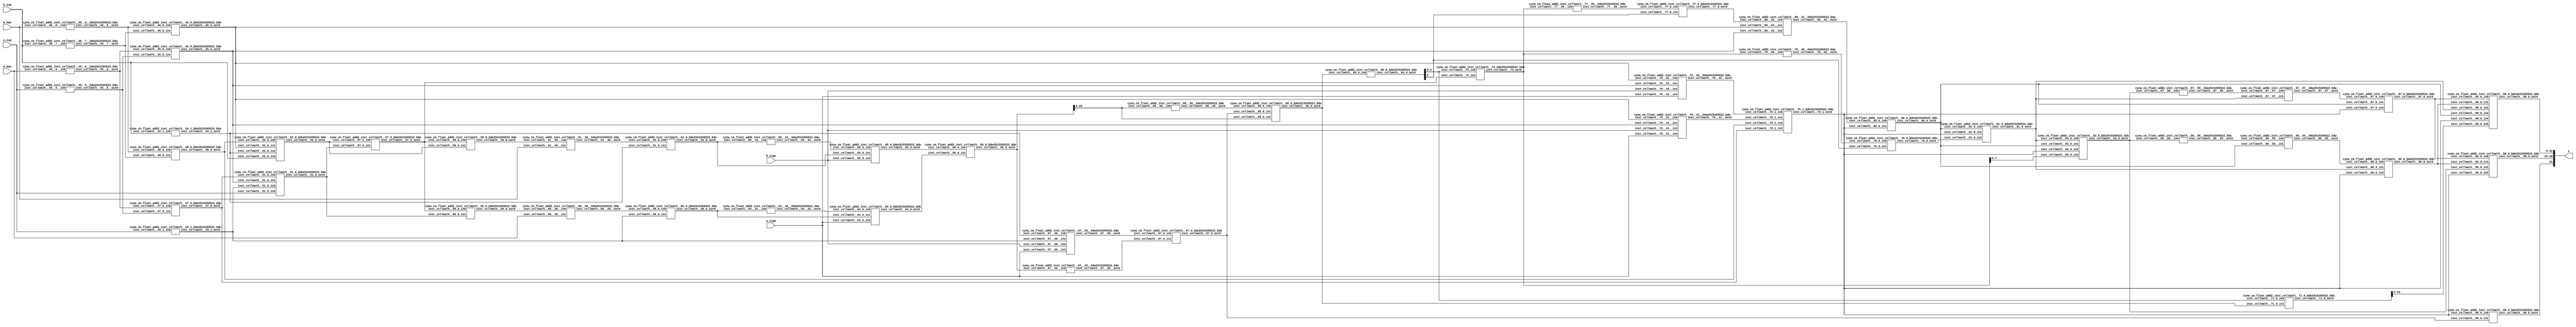
/*****************************************************************************
    Verilog Hierarchical RTL Description
    
    
    Created by: CellMath Designer 2019.1.01 
*******************************************************************************/

module DFT_compute_cynw_cm_float_add2_E8_M23_0 (
	a_sign,
	a_exp,
	a_man,
	b_sign,
	b_exp,
	b_man,
	x
	); /* architecture "behavioural" */ 
input  a_sign;
input [7:0] a_exp;
input [22:0] a_man;
input  b_sign;
input [7:0] b_exp;
input [22:0] b_man;
output [31:0] x;
wire  inst_cellmath__43,
	inst_cellmath__44,
	inst_cellmath__45,
	inst_cellmath__46,
	inst_cellmath__47,
	inst_cellmath__48;
wire [7:0] inst_cellmath__51,
	inst_cellmath__52;
wire [25:0] inst_cellmath__55,
	inst_cellmath__56;
wire [7:0] inst_cellmath__57,
	inst_cellmath__58,
	inst_cellmath__59;
wire [25:0] inst_cellmath__60,
	inst_cellmath__61;
wire [26:0] inst_cellmath__64,
	inst_cellmath__65,
	inst_cellmath__66;
wire  inst_cellmath__67;
wire [25:0] inst_cellmath__68;
wire [5:0] inst_cellmath__69;
wire [25:0] inst_cellmath__71;
wire  inst_cellmath__77,
	inst_cellmath__78,
	inst_cellmath__79,
	inst_cellmath__80,
	inst_cellmath__81;
wire [7:0] inst_cellmath__83;
wire  inst_cellmath__86,
	inst_cellmath__87,
	inst_cellmath__88;
wire [7:0] inst_cellmath__89;
wire [22:0] inst_cellmath__90;
wire [31:0] inst_cellmath__100;
wire [0:0] inst_cellmath__45__5,
	inst_cellmath__45__6,
	inst_cellmath__46__7,
	inst_cellmath__46__8;
wire [25:0] inst_cellmath__60__28,
	inst_cellmath__61__30;
wire [0:0] inst_cellmath__67__35,
	inst_cellmath__67__36;
wire [27:0] inst_cellmath__68__38;
wire [0:0] inst_cellmath__77__39,
	inst_cellmath__78__40,
	inst_cellmath__79__41,
	inst_cellmath__79__42,
	inst_cellmath__80__43,
	inst_cellmath__86__56,
	inst_cellmath__86__55,
	inst_cellmath__87__58,
	inst_cellmath__87__57;
wire [26:0] inst_cellmath__64__32_0,
	inst_cellmath__65__34_0;
wire [9:0] inst_cellmath__74_0;
wire [2:0] inst_cellmath__43_0,
	inst_cellmath__44_0,
	inst_cellmath__79_0,
	inst_cellmath__79_2;
wire [4:0] inst_cellmath__79_3;
cynw_cm_float_add2_inst_cellmath__46__7__bdw2915265522_bdw inst_cellmath__46__7__0(
	.inst_cellmath__46__7__out0(inst_cellmath__46__7),
	.inst_cellmath__46__7__in0(b_exp)
	) ;
cynw_cm_float_add2_inst_cellmath__46__8__bdw2915265522_bdw inst_cellmath__46__8__0(
	.inst_cellmath__46__8__out0(inst_cellmath__46__8),
	.inst_cellmath__46__8__in0(b_man)
	) ;
cynw_cm_float_add2_inst_cellmath__46_0_bdw2915265522_bdw inst_cellmath__46_0_0(
	.inst_cellmath__46_0_out0(inst_cellmath__46),
	.inst_cellmath__46_0_in0(inst_cellmath__46__8),
	.inst_cellmath__46_0_in1(inst_cellmath__46__7)
	) ;
cynw_cm_float_add2_inst_cellmath__45__5__bdw2915265522_bdw inst_cellmath__45__5__0(
	.inst_cellmath__45__5__out0(inst_cellmath__45__5),
	.inst_cellmath__45__5__in0(a_exp)
	) ;
cynw_cm_float_add2_inst_cellmath__45__6__bdw2915265522_bdw inst_cellmath__45__6__0(
	.inst_cellmath__45__6__out0(inst_cellmath__45__6),
	.inst_cellmath__45__6__in0(a_man)
	) ;
cynw_cm_float_add2_inst_cellmath__45_0_bdw2915265522_bdw inst_cellmath__45_0_0(
	.inst_cellmath__45_0_out0(inst_cellmath__45),
	.inst_cellmath__45_0_in0(inst_cellmath__45__6),
	.inst_cellmath__45_0_in1(inst_cellmath__45__5)
	) ;
cynw_cm_float_add2_inst_cellmath__79__42__bdw2915265522_bdw inst_cellmath__79__42__0(
	.inst_cellmath__79__42__out0(inst_cellmath__79__42),
	.inst_cellmath__79__42__in0(inst_cellmath__46),
	.inst_cellmath__79__42__in1(inst_cellmath__45),
	.inst_cellmath__79__42__in2(b_sign),
	.inst_cellmath__79__42__in3(a_sign)
	) ;
cynw_cm_float_add2_inst_cellmath__79__41__bdw2915265522_bdw inst_cellmath__79__41__0(
	.inst_cellmath__79__41__out0(inst_cellmath__79__41),
	.inst_cellmath__79__41__in0(inst_cellmath__46),
	.inst_cellmath__79__41__in1(inst_cellmath__45),
	.inst_cellmath__79__41__in2(b_sign),
	.inst_cellmath__79__41__in3(a_sign)
	) ;
cynw_cm_float_add2_inst_cellmath__47_0_bdw2915265522_bdw inst_cellmath__47_0_0(
	.inst_cellmath__47_0_out0(inst_cellmath__47),
	.inst_cellmath__47_0_in0(inst_cellmath__45__6),
	.inst_cellmath__47_0_in1(inst_cellmath__45__5)
	) ;
cynw_cm_float_add2_inst_cellmath__48_0_bdw2915265522_bdw inst_cellmath__48_0_0(
	.inst_cellmath__48_0_out0(inst_cellmath__48),
	.inst_cellmath__48_0_in0(inst_cellmath__46__8),
	.inst_cellmath__48_0_in1(inst_cellmath__46__7)
	) ;
cynw_cm_float_add2_inst_cellmath__79_1_bdw2915265522_bdw inst_cellmath__79_1_0(
	.inst_cellmath__79_1_out0(inst_cellmath__79),
	.inst_cellmath__79_1_in0(inst_cellmath__79__42),
	.inst_cellmath__79_1_in1(inst_cellmath__79__41),
	.inst_cellmath__79_1_in2(inst_cellmath__48),
	.inst_cellmath__79_1_in3(inst_cellmath__47)
	) ;
cynw_cm_float_add2_inst_cellmath__43_1_bdw2915265522_bdw inst_cellmath__43_1_0(
	.inst_cellmath__43_1_out0(inst_cellmath__43),
	.inst_cellmath__43_1_in0(a_exp)
	) ;

assign inst_cellmath__55 = {2'B01,a_man,1'B0};
cynw_cm_float_add2_inst_cellmath__44_1_bdw2915265522_bdw inst_cellmath__44_1_0(
	.inst_cellmath__44_1_out0(inst_cellmath__44),
	.inst_cellmath__44_1_in0(b_exp)
	) ;

assign inst_cellmath__44_0 = {inst_cellmath__44,inst_cellmath__46,inst_cellmath__48};
cynw_cm_float_add2_inst_cellmath__52_0_bdw2915265522_bdw inst_cellmath__52_0_0(
	.inst_cellmath__52_0_out0(inst_cellmath__52),
	.inst_cellmath__52_0_in0(inst_cellmath__48),
	.inst_cellmath__52_0_in1(inst_cellmath__46),
	.inst_cellmath__52_0_in2(inst_cellmath__44),
	.inst_cellmath__52_0_in3(b_exp)
	) ;

assign inst_cellmath__43_0 = {inst_cellmath__43,inst_cellmath__45,inst_cellmath__47};
cynw_cm_float_add2_inst_cellmath__51_0_bdw2915265522_bdw inst_cellmath__51_0_0(
	.inst_cellmath__51_0_out0(inst_cellmath__51),
	.inst_cellmath__51_0_in0(inst_cellmath__47),
	.inst_cellmath__51_0_in1(inst_cellmath__45),
	.inst_cellmath__51_0_in2(inst_cellmath__43),
	.inst_cellmath__51_0_in3(a_exp)
	) ;
cynw_cm_float_add2_inst_cellmath__57_0_bdw2915265522_bdw inst_cellmath__57_0_0(
	.inst_cellmath__57_0_out0(inst_cellmath__57),
	.inst_cellmath__57_0_in0(inst_cellmath__52),
	.inst_cellmath__57_0_in1(inst_cellmath__51)
	) ;
cynw_cm_float_add2_inst_cellmath__58_0_bdw2915265522_bdw inst_cellmath__58_0_0(
	.inst_cellmath__58_0_out0(inst_cellmath__58),
	.inst_cellmath__58_0_in0(inst_cellmath__57),
	.inst_cellmath__58_0_in1(inst_cellmath__51)
	) ;
cynw_cm_float_add2_inst_cellmath__60__28__bdw2915265522_bdw inst_cellmath__60__28__0(
	.inst_cellmath__60__28__out0(inst_cellmath__60__28),
	.inst_cellmath__60__28__in0(inst_cellmath__58),
	.inst_cellmath__60__28__in1(a_man)
	) ;
cynw_cm_float_add2_inst_cellmath__60_0_bdw2915265522_bdw inst_cellmath__60_0_0(
	.inst_cellmath__60_0_out0(inst_cellmath__60),
	.inst_cellmath__60_0_in0(inst_cellmath__60__28),
	.inst_cellmath__60_0_in1(inst_cellmath__43)
	) ;
cynw_cm_float_add2_inst_cellmath__64__32__bdw2915265522_bdw inst_cellmath__64__32__0(
	.inst_cellmath__64__32__out0(inst_cellmath__64__32_0),
	.inst_cellmath__64__32__in0(inst_cellmath__60)
	) ;
cynw_cm_float_add2_inst_cellmath__64_0_bdw2915265522_bdw inst_cellmath__64_0_0(
	.inst_cellmath__64_0_out0(inst_cellmath__64),
	.inst_cellmath__64_0_in0(inst_cellmath__64__32_0),
	.inst_cellmath__64_0_in1(inst_cellmath__60),
	.inst_cellmath__64_0_in2(a_sign)
	) ;

assign inst_cellmath__56 = {2'B01,b_man,1'B0};
cynw_cm_float_add2_inst_cellmath__59_0_bdw2915265522_bdw inst_cellmath__59_0_0(
	.inst_cellmath__59_0_out0(inst_cellmath__59),
	.inst_cellmath__59_0_in0(inst_cellmath__57),
	.inst_cellmath__59_0_in1(inst_cellmath__52)
	) ;
cynw_cm_float_add2_inst_cellmath__61__30__bdw2915265522_bdw inst_cellmath__61__30__0(
	.inst_cellmath__61__30__out0(inst_cellmath__61__30),
	.inst_cellmath__61__30__in0(inst_cellmath__59),
	.inst_cellmath__61__30__in1(b_man)
	) ;
cynw_cm_float_add2_inst_cellmath__61_0_bdw2915265522_bdw inst_cellmath__61_0_0(
	.inst_cellmath__61_0_out0(inst_cellmath__61),
	.inst_cellmath__61_0_in0(inst_cellmath__61__30),
	.inst_cellmath__61_0_in1(inst_cellmath__44)
	) ;
cynw_cm_float_add2_inst_cellmath__65__34__bdw2915265522_bdw inst_cellmath__65__34__0(
	.inst_cellmath__65__34__out0(inst_cellmath__65__34_0),
	.inst_cellmath__65__34__in0(inst_cellmath__61)
	) ;
cynw_cm_float_add2_inst_cellmath__65_0_bdw2915265522_bdw inst_cellmath__65_0_0(
	.inst_cellmath__65_0_out0(inst_cellmath__65),
	.inst_cellmath__65_0_in0(inst_cellmath__65__34_0),
	.inst_cellmath__65_0_in1(inst_cellmath__61),
	.inst_cellmath__65_0_in2(b_sign)
	) ;
cynw_cm_float_add2_inst_cellmath__66_0_bdw2915265522_bdw inst_cellmath__66_0_0(
	.inst_cellmath__66_0_out0(inst_cellmath__66),
	.inst_cellmath__66_0_in0(inst_cellmath__65),
	.inst_cellmath__66_0_in1(inst_cellmath__64)
	) ;
cynw_cm_float_add2_inst_cellmath__67__35__bdw2915265522_bdw inst_cellmath__67__35__0(
	.inst_cellmath__67__35__out0(inst_cellmath__67__35),
	.inst_cellmath__67__35__in0(inst_cellmath__66)
	) ;
cynw_cm_float_add2_inst_cellmath__67__36__bdw2915265522_bdw inst_cellmath__67__36__0(
	.inst_cellmath__67__36__out0(inst_cellmath__67__36),
	.inst_cellmath__67__36__in0(inst_cellmath__44),
	.inst_cellmath__67__36__in1(inst_cellmath__43),
	.inst_cellmath__67__36__in2(b_sign),
	.inst_cellmath__67__36__in3(a_sign)
	) ;
cynw_cm_float_add2_inst_cellmath__67_0_bdw2915265522_bdw inst_cellmath__67_0_0(
	.inst_cellmath__67_0_out0(inst_cellmath__67),
	.inst_cellmath__67_0_in0(inst_cellmath__67__36),
	.inst_cellmath__67_0_in1(inst_cellmath__67__35)
	) ;
cynw_cm_float_add2_inst_cellmath__88_0_bdw2915265522_bdw inst_cellmath__88_0_0(
	.inst_cellmath__88_0_out0(inst_cellmath__88),
	.inst_cellmath__88_0_in0(inst_cellmath__79),
	.inst_cellmath__88_0_in1(inst_cellmath__67)
	) ;
cynw_cm_float_add2_inst_cellmath__68__38__bdw2915265522_bdw inst_cellmath__68__38__0(
	.inst_cellmath__68__38__out0(inst_cellmath__68__38[25:0]),
	.inst_cellmath__68__38__in0(inst_cellmath__66[25:0])
	) ;
cynw_cm_float_add2_inst_cellmath__68_0_bdw2915265522_bdw inst_cellmath__68_0_0(
	.inst_cellmath__68_0_out0(inst_cellmath__68),
	.inst_cellmath__68_0_in0(inst_cellmath__68__38[25:0]),
	.inst_cellmath__68_0_in1(inst_cellmath__67),
	.inst_cellmath__68_0_in2(inst_cellmath__66[25:0])
	) ;
cynw_cm_float_add2_inst_cellmath__69_0_bdw2915265522_bdw inst_cellmath__69_0_0(
	.inst_cellmath__69_0_out0(inst_cellmath__69),
	.inst_cellmath__69_0_in0(inst_cellmath__68)
	) ;
cynw_cm_float_add2_inst_cellmath__74_bdw2915265522_bdw inst_cellmath__74_1(
	.inst_cellmath__74_out0(inst_cellmath__74_0),
	.inst_cellmath__74_in0(inst_cellmath__69[4:0]),
	.inst_cellmath__74_in1(inst_cellmath__57)
	) ;
cynw_cm_float_add2_inst_cellmath__77__39__bdw2915265522_bdw inst_cellmath__77__39__0(
	.inst_cellmath__77__39__out0(inst_cellmath__77__39),
	.inst_cellmath__77__39__in0(inst_cellmath__74_0)
	) ;
cynw_cm_float_add2_inst_cellmath__77_0_bdw2915265522_bdw inst_cellmath__77_0_0(
	.inst_cellmath__77_0_out0(inst_cellmath__77),
	.inst_cellmath__77_0_in0(inst_cellmath__77__39),
	.inst_cellmath__77_0_in1(inst_cellmath__69[5])
	) ;
cynw_cm_float_add2_inst_cellmath__80__43__bdw2915265522_bdw inst_cellmath__80__43__0(
	.inst_cellmath__80__43__out0(inst_cellmath__80__43),
	.inst_cellmath__80__43__in0(inst_cellmath__77),
	.inst_cellmath__80__43__in1(inst_cellmath__46),
	.inst_cellmath__80__43__in2(inst_cellmath__45)
	) ;
cynw_cm_float_add2_inst_cellmath__80_0_bdw2915265522_bdw inst_cellmath__80_0_0(
	.inst_cellmath__80_0_out0(inst_cellmath__80),
	.inst_cellmath__80_0_in0(inst_cellmath__80__43),
	.inst_cellmath__80_0_in1(inst_cellmath__79)
	) ;
cynw_cm_float_add2_inst_cellmath__78__40__bdw2915265522_bdw inst_cellmath__78__40__0(
	.inst_cellmath__78__40__out0(inst_cellmath__78__40),
	.inst_cellmath__78__40__in0(inst_cellmath__74_0)
	) ;
cynw_cm_float_add2_inst_cellmath__78_0_bdw2915265522_bdw inst_cellmath__78_0_0(
	.inst_cellmath__78_0_out0(inst_cellmath__78),
	.inst_cellmath__78_0_in0(inst_cellmath__78__40),
	.inst_cellmath__78_0_in1(inst_cellmath__69[5])
	) ;
cynw_cm_float_add2_inst_cellmath__81_0_bdw2915265522_bdw inst_cellmath__81_0_0(
	.inst_cellmath__81_0_out0(inst_cellmath__81),
	.inst_cellmath__81_0_in0(inst_cellmath__80),
	.inst_cellmath__81_0_in1(inst_cellmath__79),
	.inst_cellmath__81_0_in2(inst_cellmath__78)
	) ;

assign inst_cellmath__79_0 = {inst_cellmath__79,inst_cellmath__80,inst_cellmath__81};
cynw_cm_float_add2_inst_cellmath__83_0_bdw2915265522_bdw inst_cellmath__83_0_0(
	.inst_cellmath__83_0_out0(inst_cellmath__83),
	.inst_cellmath__83_0_in0(inst_cellmath__81),
	.inst_cellmath__83_0_in1(inst_cellmath__80),
	.inst_cellmath__83_0_in2(inst_cellmath__79),
	.inst_cellmath__83_0_in3(inst_cellmath__74_0[7:0])
	) ;
cynw_cm_float_add2_inst_cellmath__86__56__bdw2915265522_bdw inst_cellmath__86__56__0(
	.inst_cellmath__86__56__out0(inst_cellmath__86__56),
	.inst_cellmath__86__56__in0(inst_cellmath__83)
	) ;
cynw_cm_float_add2_inst_cellmath__86__55__bdw2915265522_bdw inst_cellmath__86__55__0(
	.inst_cellmath__86__55__out0(inst_cellmath__86__55),
	.inst_cellmath__86__55__in0(inst_cellmath__86__56),
	.inst_cellmath__86__55__in1(inst_cellmath__80)
	) ;
cynw_cm_float_add2_inst_cellmath__86_0_bdw2915265522_bdw inst_cellmath__86_0_0(
	.inst_cellmath__86_0_out0(inst_cellmath__86),
	.inst_cellmath__86_0_in0(inst_cellmath__86__55),
	.inst_cellmath__86_0_in1(inst_cellmath__81),
	.inst_cellmath__86_0_in2(inst_cellmath__79)
	) ;
cynw_cm_float_add2_inst_cellmath__87__58__bdw2915265522_bdw inst_cellmath__87__58__0(
	.inst_cellmath__87__58__out0(inst_cellmath__87__58),
	.inst_cellmath__87__58__in0(inst_cellmath__83)
	) ;
cynw_cm_float_add2_inst_cellmath__87__57__bdw2915265522_bdw inst_cellmath__87__57__0(
	.inst_cellmath__87__57__out0(inst_cellmath__87__57),
	.inst_cellmath__87__57__in0(inst_cellmath__87__58),
	.inst_cellmath__87__57__in1(inst_cellmath__81)
	) ;
cynw_cm_float_add2_inst_cellmath__87_0_bdw2915265522_bdw inst_cellmath__87_0_0(
	.inst_cellmath__87_0_out0(inst_cellmath__87),
	.inst_cellmath__87_0_in0(inst_cellmath__87__57),
	.inst_cellmath__87_0_in1(inst_cellmath__80),
	.inst_cellmath__87_0_in2(inst_cellmath__79)
	) ;

assign inst_cellmath__79_2 = {inst_cellmath__79,inst_cellmath__86,inst_cellmath__87};
cynw_cm_float_add2_inst_cellmath__89_0_bdw2915265522_bdw inst_cellmath__89_0_0(
	.inst_cellmath__89_0_out0(inst_cellmath__89),
	.inst_cellmath__89_0_in0(inst_cellmath__87),
	.inst_cellmath__89_0_in1(inst_cellmath__86),
	.inst_cellmath__89_0_in2(inst_cellmath__83),
	.inst_cellmath__89_0_in3(inst_cellmath__79)
	) ;

assign inst_cellmath__79_3 = {inst_cellmath__79,inst_cellmath__86,inst_cellmath__87,inst_cellmath__80,inst_cellmath__81};
cynw_cm_float_add2_inst_cellmath__71_0_bdw2915265522_bdw inst_cellmath__71_0_0(
	.inst_cellmath__71_0_out0(inst_cellmath__71[24:0]),
	.inst_cellmath__71_0_in0(inst_cellmath__69[4:0]),
	.inst_cellmath__71_0_in1(inst_cellmath__68)
	) ;
cynw_cm_float_add2_inst_cellmath__90_0_bdw2915265522_bdw inst_cellmath__90_0_0(
	.inst_cellmath__90_0_out0(inst_cellmath__90),
	.inst_cellmath__90_0_in0(inst_cellmath__87),
	.inst_cellmath__90_0_in1(inst_cellmath__86),
	.inst_cellmath__90_0_in2(inst_cellmath__81),
	.inst_cellmath__90_0_in3(inst_cellmath__80),
	.inst_cellmath__90_0_in4(inst_cellmath__79),
	.inst_cellmath__90_0_in5(inst_cellmath__71[24:2])
	) ;

assign inst_cellmath__100 = {inst_cellmath__88,inst_cellmath__89,inst_cellmath__90};

assign x = inst_cellmath__100;
endmodule

module cynw_cm_float_add2_inst_cellmath__46__7__bdw2915265522_bdw (
	inst_cellmath__46__7__out0,
	inst_cellmath__46__7__in0
	); /* architecture "behavioural" */ 
output [0:0] inst_cellmath__46__7__out0;
input [7:0] inst_cellmath__46__7__in0;

assign inst_cellmath__46__7__out0 = (13'B0000011111110==(inst_cellmath__46__7__in0 - 13'B0000000000001));
endmodule

module cynw_cm_float_add2_inst_cellmath__46__8__bdw2915265522_bdw (
	inst_cellmath__46__8__out0,
	inst_cellmath__46__8__in0
	); /* architecture "behavioural" */ 
output [0:0] inst_cellmath__46__8__out0;
input [22:0] inst_cellmath__46__8__in0;

assign inst_cellmath__46__8__out0 = (27'B000000000000000000000000000==inst_cellmath__46__8__in0);
endmodule

module cynw_cm_float_add2_inst_cellmath__46_0_bdw2915265522_bdw (
	inst_cellmath__46_0_out0,
	inst_cellmath__46_0_in0,
	inst_cellmath__46_0_in1
	); /* architecture "behavioural" */ 
output  inst_cellmath__46_0_out0;
input [0:0] inst_cellmath__46_0_in0,
	inst_cellmath__46_0_in1;

assign inst_cellmath__46_0_out0 = 
	(inst_cellmath__46_0_in1)
	&(inst_cellmath__46_0_in0);
endmodule

module cynw_cm_float_add2_inst_cellmath__45__5__bdw2915265522_bdw (
	inst_cellmath__45__5__out0,
	inst_cellmath__45__5__in0
	); /* architecture "behavioural" */ 
output [0:0] inst_cellmath__45__5__out0;
input [7:0] inst_cellmath__45__5__in0;

assign inst_cellmath__45__5__out0 = (13'B0000011111110==(inst_cellmath__45__5__in0 - 13'B0000000000001));
endmodule

module cynw_cm_float_add2_inst_cellmath__45__6__bdw2915265522_bdw (
	inst_cellmath__45__6__out0,
	inst_cellmath__45__6__in0
	); /* architecture "behavioural" */ 
output [0:0] inst_cellmath__45__6__out0;
input [22:0] inst_cellmath__45__6__in0;

assign inst_cellmath__45__6__out0 = (27'B000000000000000000000000000==inst_cellmath__45__6__in0);
endmodule

module cynw_cm_float_add2_inst_cellmath__45_0_bdw2915265522_bdw (
	inst_cellmath__45_0_out0,
	inst_cellmath__45_0_in0,
	inst_cellmath__45_0_in1
	); /* architecture "behavioural" */ 
output  inst_cellmath__45_0_out0;
input [0:0] inst_cellmath__45_0_in0,
	inst_cellmath__45_0_in1;

assign inst_cellmath__45_0_out0 = 
	(inst_cellmath__45_0_in1)
	&(inst_cellmath__45_0_in0);
endmodule

module cynw_cm_float_add2_inst_cellmath__79__42__bdw2915265522_bdw (
	inst_cellmath__79__42__out0,
	inst_cellmath__79__42__in0,
	inst_cellmath__79__42__in1,
	inst_cellmath__79__42__in2,
	inst_cellmath__79__42__in3
	); /* architecture "behavioural" */ 
output [0:0] inst_cellmath__79__42__out0;
input  inst_cellmath__79__42__in0,
	inst_cellmath__79__42__in1,
	inst_cellmath__79__42__in2,
	inst_cellmath__79__42__in3;

assign inst_cellmath__79__42__out0 = 
	(inst_cellmath__79__42__in0)
	&((~inst_cellmath__79__42__in2))
	&(inst_cellmath__79__42__in3)
	&(inst_cellmath__79__42__in1);
endmodule

module cynw_cm_float_add2_inst_cellmath__79__41__bdw2915265522_bdw (
	inst_cellmath__79__41__out0,
	inst_cellmath__79__41__in0,
	inst_cellmath__79__41__in1,
	inst_cellmath__79__41__in2,
	inst_cellmath__79__41__in3
	); /* architecture "behavioural" */ 
output [0:0] inst_cellmath__79__41__out0;
input  inst_cellmath__79__41__in0,
	inst_cellmath__79__41__in1,
	inst_cellmath__79__41__in2,
	inst_cellmath__79__41__in3;

assign inst_cellmath__79__41__out0 = 
	(inst_cellmath__79__41__in0)
	&(inst_cellmath__79__41__in2)
	&((~inst_cellmath__79__41__in3))
	&(inst_cellmath__79__41__in1);
endmodule

module cynw_cm_float_add2_inst_cellmath__47_0_bdw2915265522_bdw (
	inst_cellmath__47_0_out0,
	inst_cellmath__47_0_in0,
	inst_cellmath__47_0_in1
	); /* architecture "behavioural" */ 
output  inst_cellmath__47_0_out0;
input [0:0] inst_cellmath__47_0_in0,
	inst_cellmath__47_0_in1;

assign inst_cellmath__47_0_out0 = 
	(inst_cellmath__47_0_in1)
	&((~inst_cellmath__47_0_in0));
endmodule

module cynw_cm_float_add2_inst_cellmath__48_0_bdw2915265522_bdw (
	inst_cellmath__48_0_out0,
	inst_cellmath__48_0_in0,
	inst_cellmath__48_0_in1
	); /* architecture "behavioural" */ 
output  inst_cellmath__48_0_out0;
input [0:0] inst_cellmath__48_0_in0,
	inst_cellmath__48_0_in1;

assign inst_cellmath__48_0_out0 = 
	(inst_cellmath__48_0_in1)
	&((~inst_cellmath__48_0_in0));
endmodule

module cynw_cm_float_add2_inst_cellmath__79_1_bdw2915265522_bdw (
	inst_cellmath__79_1_out0,
	inst_cellmath__79_1_in0,
	inst_cellmath__79_1_in1,
	inst_cellmath__79_1_in2,
	inst_cellmath__79_1_in3
	); /* architecture "behavioural" */ 
output  inst_cellmath__79_1_out0;
input [0:0] inst_cellmath__79_1_in0,
	inst_cellmath__79_1_in1;
input  inst_cellmath__79_1_in2,
	inst_cellmath__79_1_in3;

assign inst_cellmath__79_1_out0 = 
	(inst_cellmath__79_1_in0)
	|(inst_cellmath__79_1_in1)
	|(inst_cellmath__79_1_in3)
	|(inst_cellmath__79_1_in2);
endmodule

module cynw_cm_float_add2_inst_cellmath__43_1_bdw2915265522_bdw (
	inst_cellmath__43_1_out0,
	inst_cellmath__43_1_in0
	); /* architecture "behavioural" */ 
output  inst_cellmath__43_1_out0;
input [7:0] inst_cellmath__43_1_in0;

assign inst_cellmath__43_1_out0 = (12'B000000000000==inst_cellmath__43_1_in0);
endmodule

module cynw_cm_float_add2_inst_cellmath__44_1_bdw2915265522_bdw (
	inst_cellmath__44_1_out0,
	inst_cellmath__44_1_in0
	); /* architecture "behavioural" */ 
output  inst_cellmath__44_1_out0;
input [7:0] inst_cellmath__44_1_in0;

assign inst_cellmath__44_1_out0 = (12'B000000000000==inst_cellmath__44_1_in0);
endmodule

module cynw_cm_float_add2_inst_cellmath__52_0_bdw2915265522_bdw (
	inst_cellmath__52_0_out0,
	inst_cellmath__52_0_in0,
	inst_cellmath__52_0_in1,
	inst_cellmath__52_0_in2,
	inst_cellmath__52_0_in3
	); /* architecture "behavioural" */ 
output [7:0] inst_cellmath__52_0_out0;
input  inst_cellmath__52_0_in0,
	inst_cellmath__52_0_in1,
	inst_cellmath__52_0_in2;
input [7:0] inst_cellmath__52_0_in3;
wire [2:0] inst_cellmath__44_0;

assign inst_cellmath__44_0 = {inst_cellmath__52_0_in2,inst_cellmath__52_0_in1,inst_cellmath__52_0_in0};

reg [7:0] inst_cellmath__52_0_out0_tmp_0;
assign inst_cellmath__52_0_out0 = inst_cellmath__52_0_out0_tmp_0;
always @ (inst_cellmath__44_0 or inst_cellmath__52_0_in3) begin
	casez (inst_cellmath__44_0)
		3'B000 : inst_cellmath__52_0_out0_tmp_0 = inst_cellmath__52_0_in3 ;
		3'B001 : inst_cellmath__52_0_out0_tmp_0 = 8'B11111111 ;
		3'B01? : inst_cellmath__52_0_out0_tmp_0 = 8'B11111111 ;
		default : inst_cellmath__52_0_out0_tmp_0 = {8{1'b0}} ;
	endcase
end
endmodule

module cynw_cm_float_add2_inst_cellmath__51_0_bdw2915265522_bdw (
	inst_cellmath__51_0_out0,
	inst_cellmath__51_0_in0,
	inst_cellmath__51_0_in1,
	inst_cellmath__51_0_in2,
	inst_cellmath__51_0_in3
	); /* architecture "behavioural" */ 
output [7:0] inst_cellmath__51_0_out0;
input  inst_cellmath__51_0_in0,
	inst_cellmath__51_0_in1,
	inst_cellmath__51_0_in2;
input [7:0] inst_cellmath__51_0_in3;
wire [2:0] inst_cellmath__43_0;

assign inst_cellmath__43_0 = {inst_cellmath__51_0_in2,inst_cellmath__51_0_in1,inst_cellmath__51_0_in0};

reg [7:0] inst_cellmath__51_0_out0_tmp_0;
assign inst_cellmath__51_0_out0 = inst_cellmath__51_0_out0_tmp_0;
always @ (inst_cellmath__43_0 or inst_cellmath__51_0_in3) begin
	casez (inst_cellmath__43_0)
		3'B000 : inst_cellmath__51_0_out0_tmp_0 = inst_cellmath__51_0_in3 ;
		3'B001 : inst_cellmath__51_0_out0_tmp_0 = 8'B11111111 ;
		3'B01? : inst_cellmath__51_0_out0_tmp_0 = 8'B11111111 ;
		default : inst_cellmath__51_0_out0_tmp_0 = {8{1'b0}} ;
	endcase
end
endmodule

module cynw_cm_float_add2_inst_cellmath__57_0_bdw2915265522_bdw (
	inst_cellmath__57_0_out0,
	inst_cellmath__57_0_in0,
	inst_cellmath__57_0_in1
	); /* architecture "behavioural" */ 
output [7:0] inst_cellmath__57_0_out0;
input [7:0] inst_cellmath__57_0_in0,
	inst_cellmath__57_0_in1;

wire [8:0] inst_cellmath__57_0_out0_tmp_0;
assign inst_cellmath__57_0_out0_tmp_0 = inst_cellmath__57_0_in0;
wire [8:0] inst_cellmath__57_0_out0_tmp_1;
assign inst_cellmath__57_0_out0_tmp_1 = (((inst_cellmath__57_0_in1) ^ (9'B1<<8)) > (inst_cellmath__57_0_out0_tmp_0 ^ (9'B1<<8))) ? inst_cellmath__57_0_in1  : inst_cellmath__57_0_out0_tmp_0;
assign inst_cellmath__57_0_out0 = inst_cellmath__57_0_out0_tmp_1;
endmodule

module cynw_cm_float_add2_inst_cellmath__58_0_bdw2915265522_bdw (
	inst_cellmath__58_0_out0,
	inst_cellmath__58_0_in0,
	inst_cellmath__58_0_in1
	); /* architecture "behavioural" */ 
output [7:0] inst_cellmath__58_0_out0;
input [7:0] inst_cellmath__58_0_in0,
	inst_cellmath__58_0_in1;

assign inst_cellmath__58_0_out0 = 
	+(inst_cellmath__58_0_in0)
	-(inst_cellmath__58_0_in1);
endmodule

module cynw_cm_float_add2_inst_cellmath__60__28__bdw2915265522_bdw (
	inst_cellmath__60__28__out0,
	inst_cellmath__60__28__in0,
	inst_cellmath__60__28__in1
	); /* architecture "behavioural" */ 
output [25:0] inst_cellmath__60__28__out0;
input [7:0] inst_cellmath__60__28__in0;
input [22:0] inst_cellmath__60__28__in1;
wire [25:0] inst_cellmath__55;

assign inst_cellmath__55 = {2'B01,inst_cellmath__60__28__in1,1'B0};

assign inst_cellmath__60__28__out0 = inst_cellmath__55 >> {|inst_cellmath__60__28__in0[7:5], inst_cellmath__60__28__in0[4:0]};
endmodule

module cynw_cm_float_add2_inst_cellmath__60_0_bdw2915265522_bdw (
	inst_cellmath__60_0_out0,
	inst_cellmath__60_0_in0,
	inst_cellmath__60_0_in1
	); /* architecture "behavioural" */ 
output [25:0] inst_cellmath__60_0_out0;
input [25:0] inst_cellmath__60_0_in0;
input  inst_cellmath__60_0_in1;

reg [25:0] inst_cellmath__60_0_out0_tmp_0;
assign inst_cellmath__60_0_out0 = inst_cellmath__60_0_out0_tmp_0;
always @ (inst_cellmath__60_0_in1 or inst_cellmath__60_0_in0) begin
	case (inst_cellmath__60_0_in1)
		1'B0 : inst_cellmath__60_0_out0_tmp_0 = inst_cellmath__60_0_in0 ;
		default : inst_cellmath__60_0_out0_tmp_0 = {26{1'b0}} ;
	endcase
end
endmodule

module cynw_cm_float_add2_inst_cellmath__64__32__bdw2915265522_bdw (
	inst_cellmath__64__32__out0,
	inst_cellmath__64__32__in0
	); /* architecture "behavioural" */ 
output [26:0] inst_cellmath__64__32__out0;
input [25:0] inst_cellmath__64__32__in0;

assign inst_cellmath__64__32__out0 = 
	-(inst_cellmath__64__32__in0);
endmodule

module cynw_cm_float_add2_inst_cellmath__64_0_bdw2915265522_bdw (
	inst_cellmath__64_0_out0,
	inst_cellmath__64_0_in0,
	inst_cellmath__64_0_in1,
	inst_cellmath__64_0_in2
	); /* architecture "behavioural" */ 
output [26:0] inst_cellmath__64_0_out0;
input [26:0] inst_cellmath__64_0_in0;
input [25:0] inst_cellmath__64_0_in1;
input  inst_cellmath__64_0_in2;

reg [26:0] inst_cellmath__64_0_out0_tmp_0;
assign inst_cellmath__64_0_out0 = inst_cellmath__64_0_out0_tmp_0;
always @ (inst_cellmath__64_0_in2 or inst_cellmath__64_0_in1 or inst_cellmath__64_0_in0) begin
	case (inst_cellmath__64_0_in2)
		1'B0 : inst_cellmath__64_0_out0_tmp_0 = inst_cellmath__64_0_in1 ;
		default : inst_cellmath__64_0_out0_tmp_0 = inst_cellmath__64_0_in0 ;
	endcase
end
endmodule

module cynw_cm_float_add2_inst_cellmath__59_0_bdw2915265522_bdw (
	inst_cellmath__59_0_out0,
	inst_cellmath__59_0_in0,
	inst_cellmath__59_0_in1
	); /* architecture "behavioural" */ 
output [7:0] inst_cellmath__59_0_out0;
input [7:0] inst_cellmath__59_0_in0,
	inst_cellmath__59_0_in1;

assign inst_cellmath__59_0_out0 = 
	+(inst_cellmath__59_0_in0)
	-(inst_cellmath__59_0_in1);
endmodule

module cynw_cm_float_add2_inst_cellmath__61__30__bdw2915265522_bdw (
	inst_cellmath__61__30__out0,
	inst_cellmath__61__30__in0,
	inst_cellmath__61__30__in1
	); /* architecture "behavioural" */ 
output [25:0] inst_cellmath__61__30__out0;
input [7:0] inst_cellmath__61__30__in0;
input [22:0] inst_cellmath__61__30__in1;
wire [25:0] inst_cellmath__56;

assign inst_cellmath__56 = {2'B01,inst_cellmath__61__30__in1,1'B0};

assign inst_cellmath__61__30__out0 = inst_cellmath__56 >> {|inst_cellmath__61__30__in0[7:5], inst_cellmath__61__30__in0[4:0]};
endmodule

module cynw_cm_float_add2_inst_cellmath__61_0_bdw2915265522_bdw (
	inst_cellmath__61_0_out0,
	inst_cellmath__61_0_in0,
	inst_cellmath__61_0_in1
	); /* architecture "behavioural" */ 
output [25:0] inst_cellmath__61_0_out0;
input [25:0] inst_cellmath__61_0_in0;
input  inst_cellmath__61_0_in1;

reg [25:0] inst_cellmath__61_0_out0_tmp_0;
assign inst_cellmath__61_0_out0 = inst_cellmath__61_0_out0_tmp_0;
always @ (inst_cellmath__61_0_in1 or inst_cellmath__61_0_in0) begin
	case (inst_cellmath__61_0_in1)
		1'B0 : inst_cellmath__61_0_out0_tmp_0 = inst_cellmath__61_0_in0 ;
		default : inst_cellmath__61_0_out0_tmp_0 = {26{1'b0}} ;
	endcase
end
endmodule

module cynw_cm_float_add2_inst_cellmath__65__34__bdw2915265522_bdw (
	inst_cellmath__65__34__out0,
	inst_cellmath__65__34__in0
	); /* architecture "behavioural" */ 
output [26:0] inst_cellmath__65__34__out0;
input [25:0] inst_cellmath__65__34__in0;

assign inst_cellmath__65__34__out0 = 
	-(inst_cellmath__65__34__in0);
endmodule

module cynw_cm_float_add2_inst_cellmath__65_0_bdw2915265522_bdw (
	inst_cellmath__65_0_out0,
	inst_cellmath__65_0_in0,
	inst_cellmath__65_0_in1,
	inst_cellmath__65_0_in2
	); /* architecture "behavioural" */ 
output [26:0] inst_cellmath__65_0_out0;
input [26:0] inst_cellmath__65_0_in0;
input [25:0] inst_cellmath__65_0_in1;
input  inst_cellmath__65_0_in2;

reg [26:0] inst_cellmath__65_0_out0_tmp_0;
assign inst_cellmath__65_0_out0 = inst_cellmath__65_0_out0_tmp_0;
always @ (inst_cellmath__65_0_in2 or inst_cellmath__65_0_in1 or inst_cellmath__65_0_in0) begin
	case (inst_cellmath__65_0_in2)
		1'B0 : inst_cellmath__65_0_out0_tmp_0 = inst_cellmath__65_0_in1 ;
		default : inst_cellmath__65_0_out0_tmp_0 = inst_cellmath__65_0_in0 ;
	endcase
end
endmodule

module cynw_cm_float_add2_inst_cellmath__66_0_bdw2915265522_bdw (
	inst_cellmath__66_0_out0,
	inst_cellmath__66_0_in0,
	inst_cellmath__66_0_in1
	); /* architecture "behavioural" */ 
output [26:0] inst_cellmath__66_0_out0;
input [26:0] inst_cellmath__66_0_in0,
	inst_cellmath__66_0_in1;

assign inst_cellmath__66_0_out0 = 
	+(inst_cellmath__66_0_in1)
	+(inst_cellmath__66_0_in0);
endmodule

module cynw_cm_float_add2_inst_cellmath__67__35__bdw2915265522_bdw (
	inst_cellmath__67__35__out0,
	inst_cellmath__67__35__in0
	); /* architecture "behavioural" */ 
output [0:0] inst_cellmath__67__35__out0;
input [26:0] inst_cellmath__67__35__in0;

assign inst_cellmath__67__35__out0 = ((31'B1000000000000000000000000000000 ^ 31'B0000000000000000000000000000000)>(31'B1000000000000000000000000000000 ^ {{4{inst_cellmath__67__35__in0[26]}}, inst_cellmath__67__35__in0}));
endmodule

module cynw_cm_float_add2_inst_cellmath__67__36__bdw2915265522_bdw (
	inst_cellmath__67__36__out0,
	inst_cellmath__67__36__in0,
	inst_cellmath__67__36__in1,
	inst_cellmath__67__36__in2,
	inst_cellmath__67__36__in3
	); /* architecture "behavioural" */ 
output [0:0] inst_cellmath__67__36__out0;
input  inst_cellmath__67__36__in0,
	inst_cellmath__67__36__in1,
	inst_cellmath__67__36__in2,
	inst_cellmath__67__36__in3;

assign inst_cellmath__67__36__out0 = 
	(inst_cellmath__67__36__in2)
	&(inst_cellmath__67__36__in0)
	&(inst_cellmath__67__36__in1)
	&(inst_cellmath__67__36__in3);
endmodule

module cynw_cm_float_add2_inst_cellmath__67_0_bdw2915265522_bdw (
	inst_cellmath__67_0_out0,
	inst_cellmath__67_0_in0,
	inst_cellmath__67_0_in1
	); /* architecture "behavioural" */ 
output  inst_cellmath__67_0_out0;
input [0:0] inst_cellmath__67_0_in0,
	inst_cellmath__67_0_in1;

assign inst_cellmath__67_0_out0 = 
	(inst_cellmath__67_0_in1)
	|(inst_cellmath__67_0_in0);
endmodule

module cynw_cm_float_add2_inst_cellmath__88_0_bdw2915265522_bdw (
	inst_cellmath__88_0_out0,
	inst_cellmath__88_0_in0,
	inst_cellmath__88_0_in1
	); /* architecture "behavioural" */ 
output  inst_cellmath__88_0_out0;
input  inst_cellmath__88_0_in0,
	inst_cellmath__88_0_in1;

reg [0:0] inst_cellmath__88_0_out0_tmp_0;
assign inst_cellmath__88_0_out0 = inst_cellmath__88_0_out0_tmp_0;
always @ (inst_cellmath__88_0_in0 or inst_cellmath__88_0_in1) begin
	case (inst_cellmath__88_0_in0)
		1'B0 : inst_cellmath__88_0_out0_tmp_0 = inst_cellmath__88_0_in1 ;
		default : inst_cellmath__88_0_out0_tmp_0 = {1{1'b0}} ;
	endcase
end
endmodule

module cynw_cm_float_add2_inst_cellmath__68__38__bdw2915265522_bdw (
	inst_cellmath__68__38__out0,
	inst_cellmath__68__38__in0
	); /* architecture "behavioural" */ 
output [25:0] inst_cellmath__68__38__out0;
input [25:0] inst_cellmath__68__38__in0;

assign inst_cellmath__68__38__out0 = 
	-(inst_cellmath__68__38__in0);
endmodule

module cynw_cm_float_add2_inst_cellmath__68_0_bdw2915265522_bdw (
	inst_cellmath__68_0_out0,
	inst_cellmath__68_0_in0,
	inst_cellmath__68_0_in1,
	inst_cellmath__68_0_in2
	); /* architecture "behavioural" */ 
output [25:0] inst_cellmath__68_0_out0;
input [25:0] inst_cellmath__68_0_in0;
input  inst_cellmath__68_0_in1;
input [25:0] inst_cellmath__68_0_in2;

reg [25:0] inst_cellmath__68_0_out0_tmp_0;
assign inst_cellmath__68_0_out0 = inst_cellmath__68_0_out0_tmp_0;
always @ (inst_cellmath__68_0_in1 or inst_cellmath__68_0_in2 or inst_cellmath__68_0_in0) begin
	case (inst_cellmath__68_0_in1)
		1'B0 : inst_cellmath__68_0_out0_tmp_0 = inst_cellmath__68_0_in2 ;
		default : inst_cellmath__68_0_out0_tmp_0 = inst_cellmath__68_0_in0 ;
	endcase
end
endmodule

module cynw_cm_float_add2_inst_cellmath__69_0_bdw2915265522_bdw (
	inst_cellmath__69_0_out0,
	inst_cellmath__69_0_in0
	); /* architecture "behavioural" */ 
output [5:0] inst_cellmath__69_0_out0;
input [25:0] inst_cellmath__69_0_in0;

reg [5:0] inst_cellmath__69_0_out0_tmp_0;
assign inst_cellmath__69_0_out0 = inst_cellmath__69_0_out0_tmp_0;
always @ (inst_cellmath__69_0_in0) begin
	casez (inst_cellmath__69_0_in0)
		26'B1????????????????????????? : inst_cellmath__69_0_out0_tmp_0 = 6'B000000 ;
		26'B01???????????????????????? : inst_cellmath__69_0_out0_tmp_0 = 6'B000001 ;
		26'B001??????????????????????? : inst_cellmath__69_0_out0_tmp_0 = 6'B000010 ;
		26'B0001?????????????????????? : inst_cellmath__69_0_out0_tmp_0 = 6'B000011 ;
		26'B00001????????????????????? : inst_cellmath__69_0_out0_tmp_0 = 6'B000100 ;
		26'B000001???????????????????? : inst_cellmath__69_0_out0_tmp_0 = 6'B000101 ;
		26'B0000001??????????????????? : inst_cellmath__69_0_out0_tmp_0 = 6'B000110 ;
		26'B00000001?????????????????? : inst_cellmath__69_0_out0_tmp_0 = 6'B000111 ;
		26'B000000001????????????????? : inst_cellmath__69_0_out0_tmp_0 = 6'B001000 ;
		26'B0000000001???????????????? : inst_cellmath__69_0_out0_tmp_0 = 6'B001001 ;
		26'B00000000001??????????????? : inst_cellmath__69_0_out0_tmp_0 = 6'B001010 ;
		26'B000000000001?????????????? : inst_cellmath__69_0_out0_tmp_0 = 6'B001011 ;
		26'B0000000000001????????????? : inst_cellmath__69_0_out0_tmp_0 = 6'B001100 ;
		26'B00000000000001???????????? : inst_cellmath__69_0_out0_tmp_0 = 6'B001101 ;
		26'B000000000000001??????????? : inst_cellmath__69_0_out0_tmp_0 = 6'B001110 ;
		26'B0000000000000001?????????? : inst_cellmath__69_0_out0_tmp_0 = 6'B001111 ;
		26'B00000000000000001????????? : inst_cellmath__69_0_out0_tmp_0 = 6'B010000 ;
		26'B000000000000000001???????? : inst_cellmath__69_0_out0_tmp_0 = 6'B010001 ;
		26'B0000000000000000001??????? : inst_cellmath__69_0_out0_tmp_0 = 6'B010010 ;
		26'B00000000000000000001?????? : inst_cellmath__69_0_out0_tmp_0 = 6'B010011 ;
		26'B000000000000000000001????? : inst_cellmath__69_0_out0_tmp_0 = 6'B010100 ;
		26'B0000000000000000000001???? : inst_cellmath__69_0_out0_tmp_0 = 6'B010101 ;
		26'B00000000000000000000001??? : inst_cellmath__69_0_out0_tmp_0 = 6'B010110 ;
		26'B000000000000000000000001?? : inst_cellmath__69_0_out0_tmp_0 = 6'B010111 ;
		26'B0000000000000000000000001? : inst_cellmath__69_0_out0_tmp_0 = 6'B011000 ;
		26'B00000000000000000000000001 : inst_cellmath__69_0_out0_tmp_0 = 6'B011001 ;
		default : inst_cellmath__69_0_out0_tmp_0 = 6'B100000 ;
	endcase
end
endmodule

module cynw_cm_float_add2_inst_cellmath__74_bdw2915265522_bdw (
	inst_cellmath__74_out0,
	inst_cellmath__74_in0,
	inst_cellmath__74_in1
	); /* architecture "behavioural" */ 
output [9:0] inst_cellmath__74_out0;
input [4:0] inst_cellmath__74_in0;
input [7:0] inst_cellmath__74_in1;

wire [9:0] inst_cellmath__74_out0_tmp_0;
assign inst_cellmath__74_out0_tmp_0 = 
	-(inst_cellmath__74_in0)
	+(inst_cellmath__74_in1);
assign inst_cellmath__74_out0 = inst_cellmath__74_out0_tmp_0
	+(10'B0000000001);
endmodule

module cynw_cm_float_add2_inst_cellmath__77__39__bdw2915265522_bdw (
	inst_cellmath__77__39__out0,
	inst_cellmath__77__39__in0
	); /* architecture "behavioural" */ 
output [0:0] inst_cellmath__77__39__out0;
input [9:0] inst_cellmath__77__39__in0;

assign inst_cellmath__77__39__out0 = ((14'B10000000000000 ^ 14'B00000011111110)<(14'B10000000000000 ^ {{4{inst_cellmath__77__39__in0[9]}}, inst_cellmath__77__39__in0}));
endmodule

module cynw_cm_float_add2_inst_cellmath__77_0_bdw2915265522_bdw (
	inst_cellmath__77_0_out0,
	inst_cellmath__77_0_in0,
	inst_cellmath__77_0_in1
	); /* architecture "behavioural" */ 
output  inst_cellmath__77_0_out0;
input [0:0] inst_cellmath__77_0_in0;
input [5:5] inst_cellmath__77_0_in1;

assign inst_cellmath__77_0_out0 = 
	((~inst_cellmath__77_0_in1))
	&(inst_cellmath__77_0_in0);
endmodule

module cynw_cm_float_add2_inst_cellmath__80__43__bdw2915265522_bdw (
	inst_cellmath__80__43__out0,
	inst_cellmath__80__43__in0,
	inst_cellmath__80__43__in1,
	inst_cellmath__80__43__in2
	); /* architecture "behavioural" */ 
output [0:0] inst_cellmath__80__43__out0;
input  inst_cellmath__80__43__in0,
	inst_cellmath__80__43__in1,
	inst_cellmath__80__43__in2;

assign inst_cellmath__80__43__out0 = 
	(inst_cellmath__80__43__in0)
	|(inst_cellmath__80__43__in2)
	|(inst_cellmath__80__43__in1);
endmodule

module cynw_cm_float_add2_inst_cellmath__80_0_bdw2915265522_bdw (
	inst_cellmath__80_0_out0,
	inst_cellmath__80_0_in0,
	inst_cellmath__80_0_in1
	); /* architecture "behavioural" */ 
output  inst_cellmath__80_0_out0;
input [0:0] inst_cellmath__80_0_in0;
input  inst_cellmath__80_0_in1;

assign inst_cellmath__80_0_out0 = 
	(inst_cellmath__80_0_in0)
	&((~inst_cellmath__80_0_in1));
endmodule

module cynw_cm_float_add2_inst_cellmath__78__40__bdw2915265522_bdw (
	inst_cellmath__78__40__out0,
	inst_cellmath__78__40__in0
	); /* architecture "behavioural" */ 
output [0:0] inst_cellmath__78__40__out0;
input [9:0] inst_cellmath__78__40__in0;

assign inst_cellmath__78__40__out0 = ((14'B10000000000000 ^ {{4{inst_cellmath__78__40__in0[9]}}, inst_cellmath__78__40__in0})<=(14'B10000000000000 ^ 14'B00000000000000));
endmodule

module cynw_cm_float_add2_inst_cellmath__78_0_bdw2915265522_bdw (
	inst_cellmath__78_0_out0,
	inst_cellmath__78_0_in0,
	inst_cellmath__78_0_in1
	); /* architecture "behavioural" */ 
output  inst_cellmath__78_0_out0;
input [0:0] inst_cellmath__78_0_in0;
input [5:5] inst_cellmath__78_0_in1;

assign inst_cellmath__78_0_out0 = 
	(inst_cellmath__78_0_in1)
	|(inst_cellmath__78_0_in0);
endmodule

module cynw_cm_float_add2_inst_cellmath__81_0_bdw2915265522_bdw (
	inst_cellmath__81_0_out0,
	inst_cellmath__81_0_in0,
	inst_cellmath__81_0_in1,
	inst_cellmath__81_0_in2
	); /* architecture "behavioural" */ 
output  inst_cellmath__81_0_out0;
input  inst_cellmath__81_0_in0,
	inst_cellmath__81_0_in1,
	inst_cellmath__81_0_in2;

assign inst_cellmath__81_0_out0 = 
	((~inst_cellmath__81_0_in0))
	&(inst_cellmath__81_0_in2)
	&((~inst_cellmath__81_0_in1));
endmodule

module cynw_cm_float_add2_inst_cellmath__83_0_bdw2915265522_bdw (
	inst_cellmath__83_0_out0,
	inst_cellmath__83_0_in0,
	inst_cellmath__83_0_in1,
	inst_cellmath__83_0_in2,
	inst_cellmath__83_0_in3
	); /* architecture "behavioural" */ 
output [7:0] inst_cellmath__83_0_out0;
input  inst_cellmath__83_0_in0,
	inst_cellmath__83_0_in1,
	inst_cellmath__83_0_in2;
input [7:0] inst_cellmath__83_0_in3;
wire [2:0] inst_cellmath__79_0;

assign inst_cellmath__79_0 = {inst_cellmath__83_0_in2,inst_cellmath__83_0_in1,inst_cellmath__83_0_in0};

reg [7:0] inst_cellmath__83_0_out0_tmp_0;
assign inst_cellmath__83_0_out0 = inst_cellmath__83_0_out0_tmp_0;
always @ (inst_cellmath__79_0 or inst_cellmath__83_0_in3) begin
	casez (inst_cellmath__79_0)
		3'B000 : inst_cellmath__83_0_out0_tmp_0 = inst_cellmath__83_0_in3 ;
		3'B01? : inst_cellmath__83_0_out0_tmp_0 = 8'B11111111 ;
		3'B1?? : inst_cellmath__83_0_out0_tmp_0 = 8'B11111111 ;
		default : inst_cellmath__83_0_out0_tmp_0 = {8{1'b0}} ;
	endcase
end
endmodule

module cynw_cm_float_add2_inst_cellmath__86__56__bdw2915265522_bdw (
	inst_cellmath__86__56__out0,
	inst_cellmath__86__56__in0
	); /* architecture "behavioural" */ 
output [0:0] inst_cellmath__86__56__out0;
input [7:0] inst_cellmath__86__56__in0;

assign inst_cellmath__86__56__out0 = ((15'B100000000000000 ^ inst_cellmath__86__56__in0)>=(15'B100000000000000 ^ 15'B000000011111111));
endmodule

module cynw_cm_float_add2_inst_cellmath__86__55__bdw2915265522_bdw (
	inst_cellmath__86__55__out0,
	inst_cellmath__86__55__in0,
	inst_cellmath__86__55__in1
	); /* architecture "behavioural" */ 
output [0:0] inst_cellmath__86__55__out0;
input [0:0] inst_cellmath__86__55__in0;
input  inst_cellmath__86__55__in1;

assign inst_cellmath__86__55__out0 = 
	(inst_cellmath__86__55__in1)
	|(inst_cellmath__86__55__in0);
endmodule

module cynw_cm_float_add2_inst_cellmath__86_0_bdw2915265522_bdw (
	inst_cellmath__86_0_out0,
	inst_cellmath__86_0_in0,
	inst_cellmath__86_0_in1,
	inst_cellmath__86_0_in2
	); /* architecture "behavioural" */ 
output  inst_cellmath__86_0_out0;
input [0:0] inst_cellmath__86_0_in0;
input  inst_cellmath__86_0_in1,
	inst_cellmath__86_0_in2;

assign inst_cellmath__86_0_out0 = 
	(inst_cellmath__86_0_in0)
	&((~inst_cellmath__86_0_in2))
	&((~inst_cellmath__86_0_in1));
endmodule

module cynw_cm_float_add2_inst_cellmath__87__58__bdw2915265522_bdw (
	inst_cellmath__87__58__out0,
	inst_cellmath__87__58__in0
	); /* architecture "behavioural" */ 
output [0:0] inst_cellmath__87__58__out0;
input [7:0] inst_cellmath__87__58__in0;

assign inst_cellmath__87__58__out0 = ((12'B100000000000 ^ inst_cellmath__87__58__in0)<=(12'B100000000000 ^ 12'B000000000000));
endmodule

module cynw_cm_float_add2_inst_cellmath__87__57__bdw2915265522_bdw (
	inst_cellmath__87__57__out0,
	inst_cellmath__87__57__in0,
	inst_cellmath__87__57__in1
	); /* architecture "behavioural" */ 
output [0:0] inst_cellmath__87__57__out0;
input [0:0] inst_cellmath__87__57__in0;
input  inst_cellmath__87__57__in1;

assign inst_cellmath__87__57__out0 = 
	(inst_cellmath__87__57__in1)
	|(inst_cellmath__87__57__in0);
endmodule

module cynw_cm_float_add2_inst_cellmath__87_0_bdw2915265522_bdw (
	inst_cellmath__87_0_out0,
	inst_cellmath__87_0_in0,
	inst_cellmath__87_0_in1,
	inst_cellmath__87_0_in2
	); /* architecture "behavioural" */ 
output  inst_cellmath__87_0_out0;
input [0:0] inst_cellmath__87_0_in0;
input  inst_cellmath__87_0_in1,
	inst_cellmath__87_0_in2;

assign inst_cellmath__87_0_out0 = 
	(inst_cellmath__87_0_in0)
	&((~inst_cellmath__87_0_in2))
	&((~inst_cellmath__87_0_in1));
endmodule

module cynw_cm_float_add2_inst_cellmath__89_0_bdw2915265522_bdw (
	inst_cellmath__89_0_out0,
	inst_cellmath__89_0_in0,
	inst_cellmath__89_0_in1,
	inst_cellmath__89_0_in2,
	inst_cellmath__89_0_in3
	); /* architecture "behavioural" */ 
output [7:0] inst_cellmath__89_0_out0;
input  inst_cellmath__89_0_in0,
	inst_cellmath__89_0_in1;
input [7:0] inst_cellmath__89_0_in2;
input  inst_cellmath__89_0_in3;
wire [2:0] inst_cellmath__79_2;

assign inst_cellmath__79_2 = {inst_cellmath__89_0_in3,inst_cellmath__89_0_in1,inst_cellmath__89_0_in0};

reg [7:0] inst_cellmath__89_0_out0_tmp_0;
assign inst_cellmath__89_0_out0 = inst_cellmath__89_0_out0_tmp_0;
always @ (inst_cellmath__79_2 or inst_cellmath__89_0_in2) begin
	casez (inst_cellmath__79_2)
		3'B000 : inst_cellmath__89_0_out0_tmp_0 = inst_cellmath__89_0_in2 ;
		3'B01? : inst_cellmath__89_0_out0_tmp_0 = 8'B11111111 ;
		3'B1?? : inst_cellmath__89_0_out0_tmp_0 = 8'B11111111 ;
		default : inst_cellmath__89_0_out0_tmp_0 = {8{1'b0}} ;
	endcase
end
endmodule

module cynw_cm_float_add2_inst_cellmath__71_0_bdw2915265522_bdw (
	inst_cellmath__71_0_out0,
	inst_cellmath__71_0_in0,
	inst_cellmath__71_0_in1
	); /* architecture "behavioural" */ 
output [24:0] inst_cellmath__71_0_out0;
input [4:0] inst_cellmath__71_0_in0;
input [25:0] inst_cellmath__71_0_in1;

assign inst_cellmath__71_0_out0 = inst_cellmath__71_0_in1[24:0] << inst_cellmath__71_0_in0;
endmodule

module cynw_cm_float_add2_inst_cellmath__90_0_bdw2915265522_bdw (
	inst_cellmath__90_0_out0,
	inst_cellmath__90_0_in0,
	inst_cellmath__90_0_in1,
	inst_cellmath__90_0_in2,
	inst_cellmath__90_0_in3,
	inst_cellmath__90_0_in4,
	inst_cellmath__90_0_in5
	); /* architecture "behavioural" */ 
output [22:0] inst_cellmath__90_0_out0;
input  inst_cellmath__90_0_in0,
	inst_cellmath__90_0_in1,
	inst_cellmath__90_0_in2,
	inst_cellmath__90_0_in3,
	inst_cellmath__90_0_in4;
input [24:2] inst_cellmath__90_0_in5;
wire [4:0] inst_cellmath__79_3;

assign inst_cellmath__79_3 = {inst_cellmath__90_0_in4,inst_cellmath__90_0_in1,inst_cellmath__90_0_in0,inst_cellmath__90_0_in3,inst_cellmath__90_0_in2};

reg [22:0] inst_cellmath__90_0_out0_tmp_0;
assign inst_cellmath__90_0_out0 = inst_cellmath__90_0_out0_tmp_0;
always @ (inst_cellmath__79_3 or inst_cellmath__90_0_in5) begin
	casez (inst_cellmath__79_3)
		5'B00000 : inst_cellmath__90_0_out0_tmp_0 = inst_cellmath__90_0_in5 ;
		5'B1???? : inst_cellmath__90_0_out0_tmp_0 = 23'B11111111111111111111111 ;
		default : inst_cellmath__90_0_out0_tmp_0 = {23{1'b0}} ;
	endcase
end
endmodule

/* CADENCE  v7fwSQrYog== : u9/ySgnWtBlWxVPRXgAZ4Og= ** DO NOT EDIT THIS LINE **/